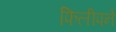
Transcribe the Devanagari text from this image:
फिलीपने